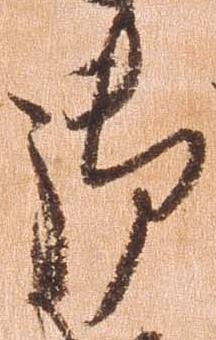
御